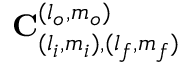
\mathbf { C } _ { ( l _ { i } , m _ { i } ) , ( l _ { f } , m _ { f } ) } ^ { ( l _ { o } , m _ { o } ) }